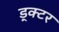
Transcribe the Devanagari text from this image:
ड्क्टर